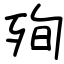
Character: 殉